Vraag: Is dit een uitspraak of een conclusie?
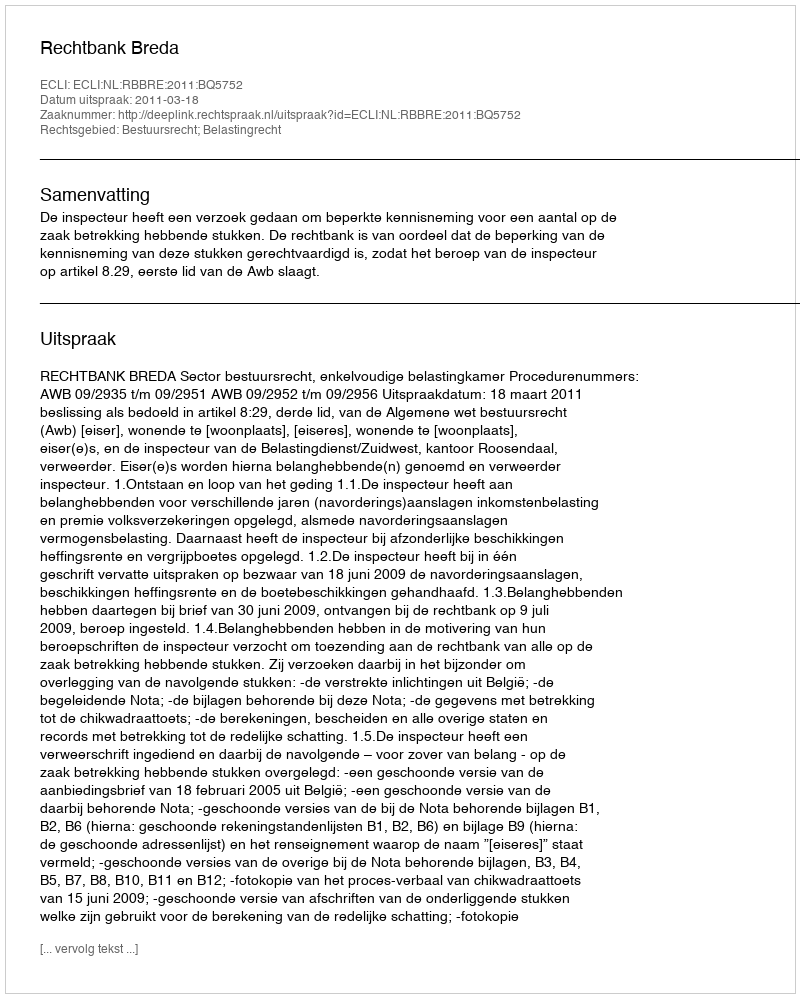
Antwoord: Uitspraak